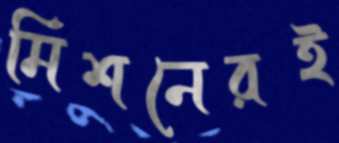
মিশনেরই